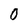
Character: 0